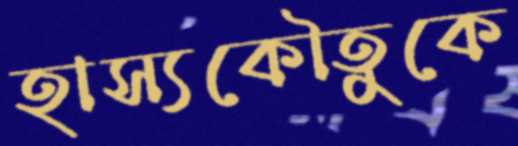
হাস্যকৌতুকে